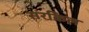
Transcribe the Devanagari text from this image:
सरकिल